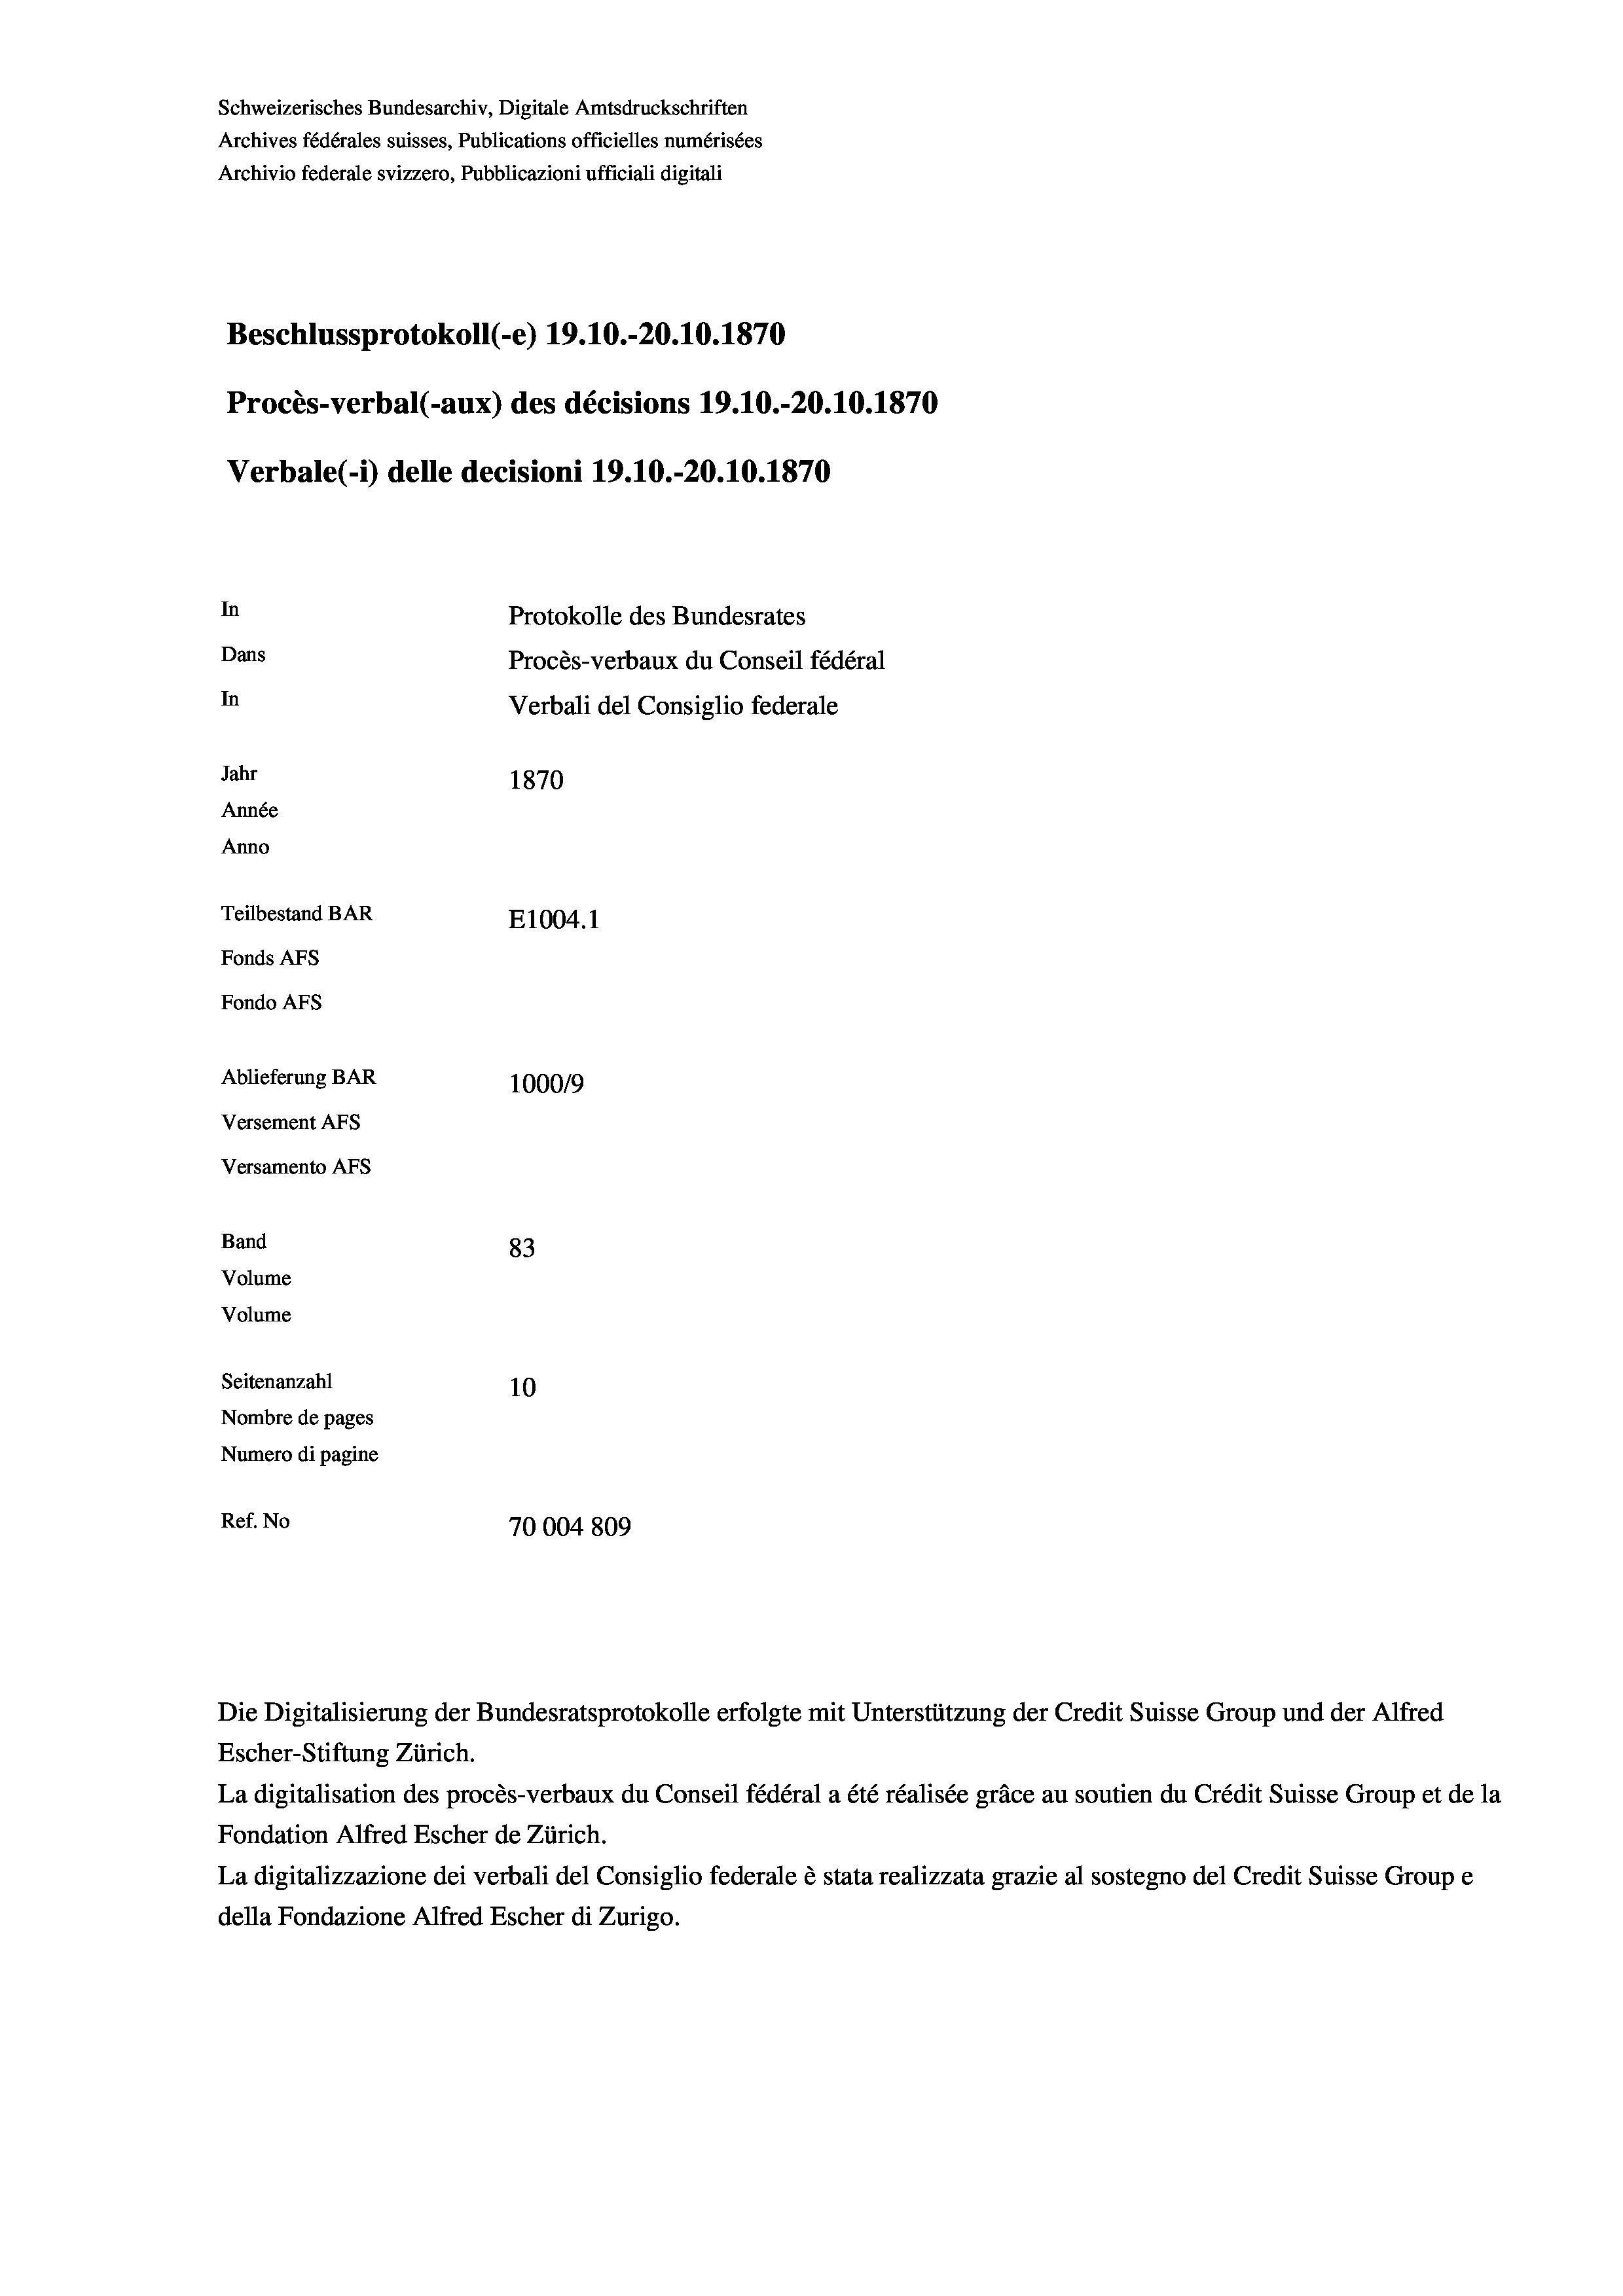
Schweizerisches Bundesarchiv, Digitale Amtsdruckschriften
Archives fédérales suisses, Publications officielles numérisées
Archivio federale svizzero, Pubblicazioni ufficiali digitali
Beschlussprotokoll (-e) 19.10.-20.10.1870
Procès-verbal (-aux) des décisions 19.10.-20.10.1870
Verbale(-*) delle decisioni 19.10.-20.10.1870
In
Protokolle des Bundesrates
Dans
Procès-verbaux du Conseil fédéral
In
Verbali del Consiglio federale
Jahr
1870
Année
Anno
Teilbestand BAR
E1004. 1
Fonds AFs
Fondo Afs
Ablieferung BAR
100019
Versement AFs
Versamento Afs

83
10
Nombre de pages
Numero di pagine
Ref. No
70004 809

Band
Volume

Volume
Seitenanzahl

Die Digitalisierung der Bundesratsprotokolle erfolgte mit Unterstützung der Credit Suisse Group und der Alfred
Escher-Stiftung Zürich.
La digitalisation des procès-verbaux du Conseil fédéral a été réalisée gräce au soutien du Crédit Suisse Group et de la
Fondation Alfred Escher de Zürich.
La digitalizzazione dei verbali del Consiglio federale è stata realizzata grazie al sostegno del Credit Suisse Groupe
della Fondazione Alfred Escher di Zurigo.